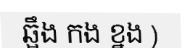
ឆ្អឹង កង ខ្នង )